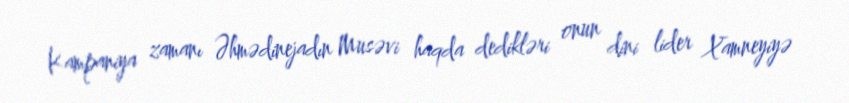
Kampaniya zamanı Əhmədinejadın Musəvi haqda dedikləri onun dini lider Xamneyiyə